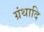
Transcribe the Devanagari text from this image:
ग्रंथादि